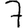
Digit: 7